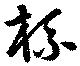
杯